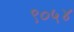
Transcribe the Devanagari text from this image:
९०५४